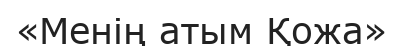
«Менің атым Қожа»